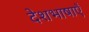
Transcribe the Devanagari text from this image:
देशभाषाएँ